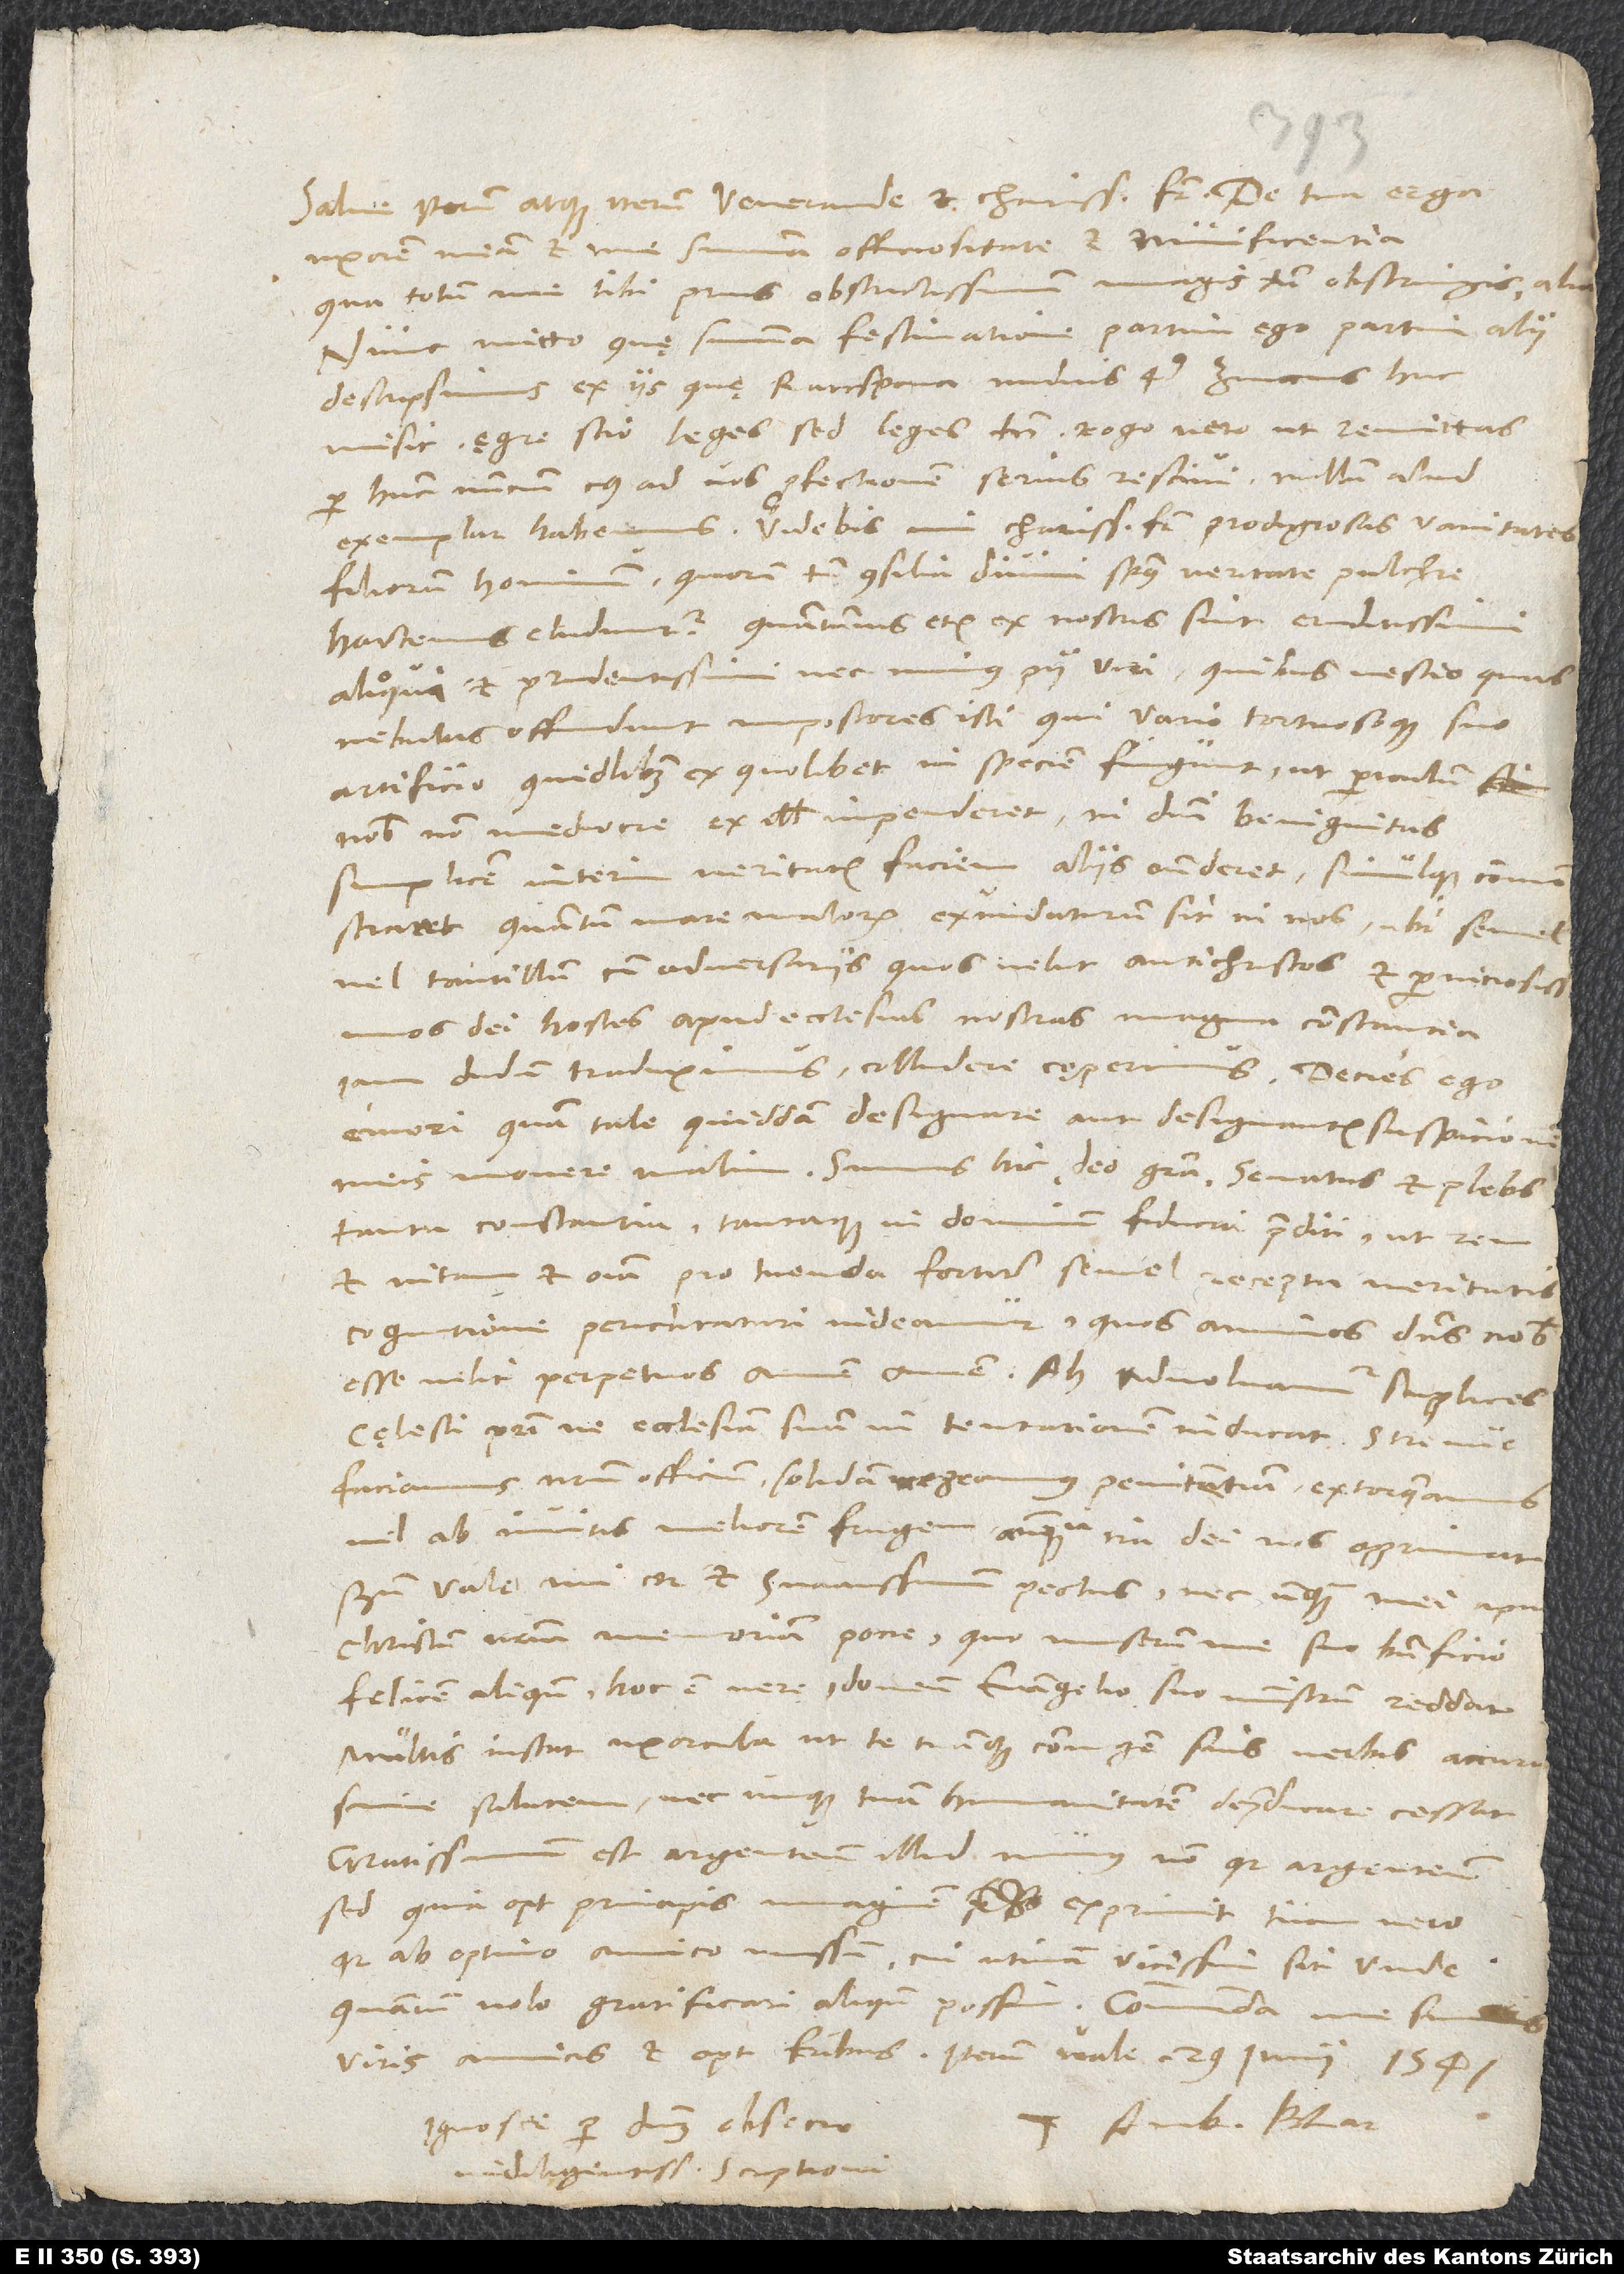
Salve iterum atque iterum, venerande et charissime frater.
uxorem meam et me summa officiositate et munificentia,
qua totum me tibi prius obstrictissimum magis tamen obstringis, alia.
Nunc mitto, quę summa festinatione partim ego partim alii
descripsimus ex iis, quę Ratispona nudius quartus Zviccius huc
misit; ęgre, scio, leges, sed leges tamen. Rogo vero, ut remittas
per hunc nuncium, cuius ad vos profectionem serius rescivi. Nullum aliud
filiorum hominum, quorum tamen consilia divini spiritus veritate pulchre
hactenus eluduntur, quantumvis etiam ex nostris sint eruditissimi
alioqui et prudentissimi nec minus pii viri, quibus nescio quas
nebulas offundunt impostores isti, qui vario tortuosoque suo
artificio quidlibet ex quolibet in speciem fingunt, ut periculum
nobis non mediocre ex illis impenderet, ni domini benignitas
interim veritatis faciem aliis ostenderet simulque commonstraret,
quantum mare malorum exundaturum sit in nos, ubi semel
vel tantillum cum adversariis, quos velut antichristos et perniciosissimos
dei hostes apud ecclesias nostras magna constantia
iamdudum traduximus, colludere cęperimus.
emori quam tale quiddam designare aut designantis suspicionem
meis movere malim. Sumus hic, deo gratia, senatus et plebs
tanta constantia tantaque in dominum fiducia praediti, ut rem
et vitam et omnia pro tuenda fortiter semel recepta veritatis
cognitione periclitaturi videamur, quos animos dominus nobis
esse velit perpetuos. Amen, amen. Ah, advolvamur supplices
cęlesti patri, ne ecclesiam suam in tentationem inducat, strenue
faciamus nostram officium, solidam urgeamus penitentiam, extorqueamus
vel ab invitis meliorem frugem, antequam ira dei nos opprimat!
Bene vale, mi cor et suavissimum pectus, nec unquam mei apud
Christum nostrum memoriam pone, quo ministrum me suo beneficio
felicem aliquando, hoc est vere idoneum evangelio suo ministrum reddat.
Multis instat uxorcula, ut te tuamque coniugem suis verbis accuratissime
salutem, nec unquam tuam humanitatem depraedicare cessat.
Gratissimum est argenteum illud munus, non quia argenteum,
sed quia optimi principis imaginem exprimit, tum vero,
quia ab optimo amico missum, cui utinam vicissim sit unde,
quantum volo, gratificari aliquando possim! Commenda me summis
viris amicis et optimis fratribus. Iterum vale. 29. Iunii 1541.
Ignosce, per dominum obsecro,
Tuus Amb. Blar.
indiligentissimae scriptioni.